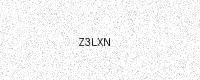
Text: Z3LXN